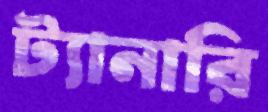
ট্যানারি